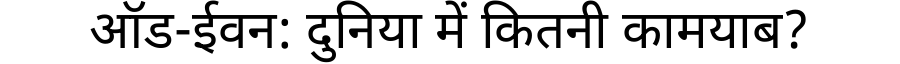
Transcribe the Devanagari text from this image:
ऑड-ईवन: दुनिया में कितनी कामयाब?